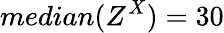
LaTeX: median(Z^{X})=30